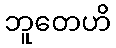
ဘူတေဟိ